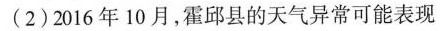
(2)2016年10月，霍邱县的天气异常可能表现